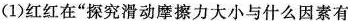
（1）红红在”探究滑动摩擦力大小与什么因素有